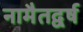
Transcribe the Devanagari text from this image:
नामैतद्वर्ष